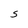
Character: S